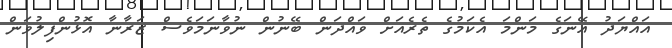
އައްޔަދު އޭނަގެ މަންމަ އެކަމުގެ ތެރެއަށް ވައްދަން ބޭނުން ނުވާނަމަވެސް ޒަރާނާ އޮޅުންފިލުވަން